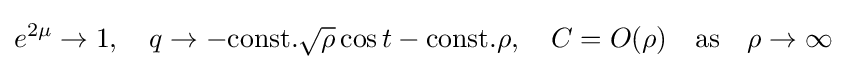
e^{2\mu }\to 1,\quad q\to -{\text{const.}}{\sqrt {\rho }}\cos t-{\text{const.}}\rho ,\quad C=O(\rho )\quad {\text{as}}\quad \rho \to \infty